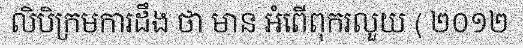
លិបិក្រមការដឹង ថា មាន អំពើពុករលួយ ( ២០១២